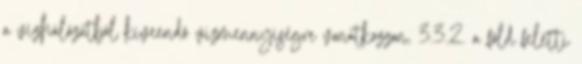
a vízhálózatból kiveendõ vízmennyiségre vonatkozzon, 3.3.2. a föld feletti